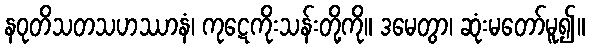
နဝုတိသတသဟဿာနံ၊ ကုဋေကိုးသန်းတို့ကို။ ဒမေတွာ၊ ဆုံးမတော်မူ၍။